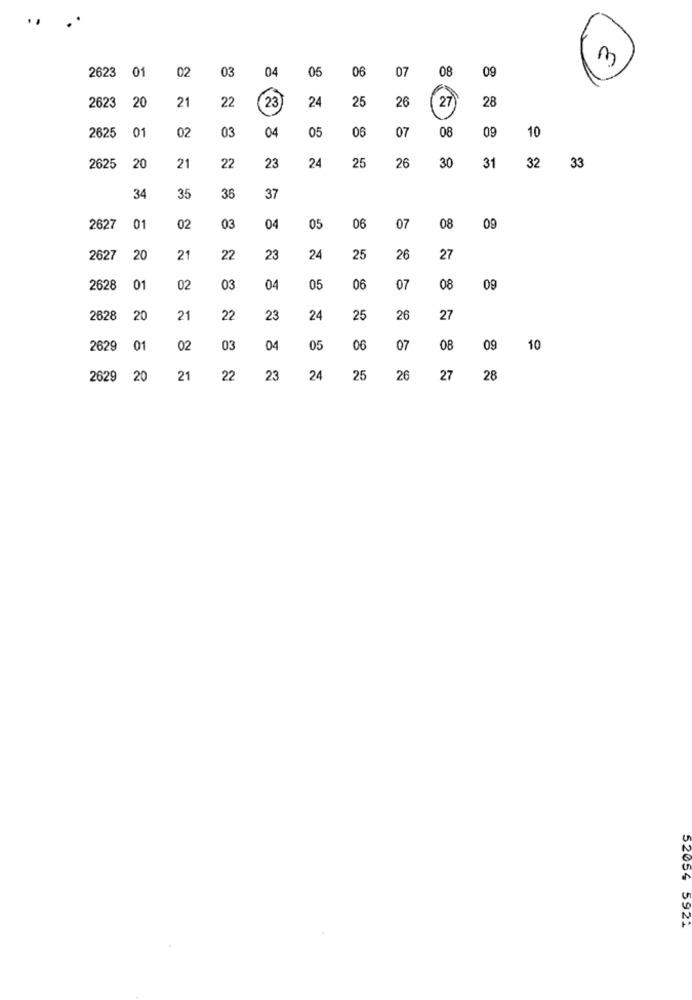
m
02
03
04
05
06
07
08
09
2623 01
20
21
22
25
26
2623
23)
24
28
7
2625
01
02
03
04
05
06
07
08
09
10
2625
20
21
22
23
24
25
26
30
31
32
33
36
34
35
37
2627
01
02
03
04
05
06
07
08
09
2627
20
21
22
23
24
25
26
27
2628
01
02
03
04
05
06
07
08
09
2628
20
21
22
23
24
25
26
27
2629
01
02
03
04
05
06
07
08
09
10
2629 20
21
22
23
24
25
26
27
28
52054 5921